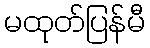
မထုတ်ပြန်မီ